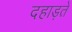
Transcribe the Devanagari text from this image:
दहाड़ते